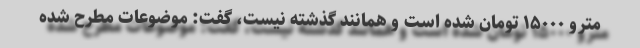
مترو ۱۵۰۰۰ تومان شده است و همانند گذشته نیست، گفت: موضوعات مطرح شده